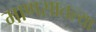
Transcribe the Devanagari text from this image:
माणसातल्या